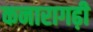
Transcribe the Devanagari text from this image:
कनारागढ़ी